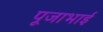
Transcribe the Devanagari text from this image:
पूजाभाई